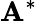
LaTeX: \mathbf{A}^{*}